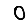
Digit: 0